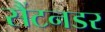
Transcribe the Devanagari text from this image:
सैंटनडर